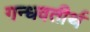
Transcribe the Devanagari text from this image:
गन्धवतीर्थ